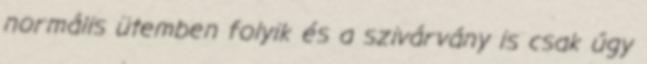
normális ütemben folyik és a szivárvány is csak úgy